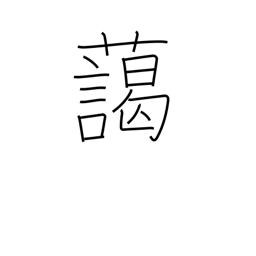
Meaning: harmonize